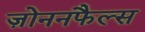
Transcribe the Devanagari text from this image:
ज़ोननफैल्स